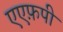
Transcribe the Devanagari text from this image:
एएफ़पी